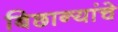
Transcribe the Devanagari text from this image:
बिछान्यांचे